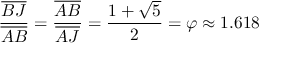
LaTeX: { \frac { \overline { { B J } } } { \overline { { A B } } } } = { \frac { \overline { { A B } } } { \overline { { A J } } } } = { \frac { 1 + { \sqrt { 5 } } } { 2 } } = \varphi \approx 1 . 6 1 8